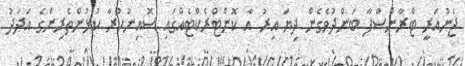
ޖެނުއަރީ ޓްރާންސްފާ ބަންދުވެގެން ދިޔަ އިރު އާ ކޮންޓްރެކްޓެއްގައި ސޮއިނުކުރާ ކުޅުންތެރިންގެ އަދަދު